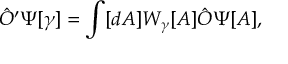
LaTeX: { \hat { O } } ^ { \prime } \Psi [ \gamma ] = \int [ d A ] W _ { \gamma } [ A ] { \hat { O } } \Psi [ A ] ,